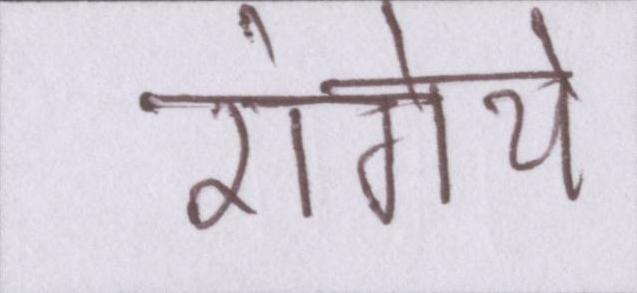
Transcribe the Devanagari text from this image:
रांगेय